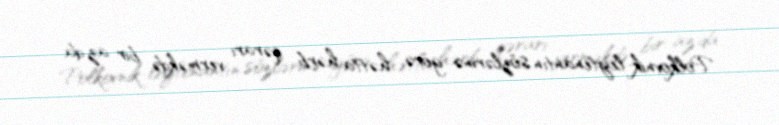
Polkovnik-leytenantın sözlərinə görə, hətta hərb qərarı verməkdə bir az da